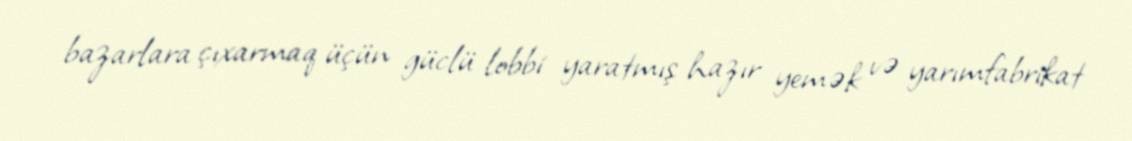
bazarlara çıxarmaq üçün güclü lobbi yaratmış hazır yemək və yarımfabrikat